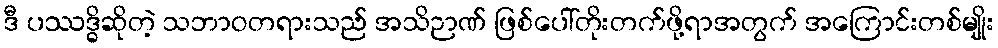
ဒီ ပဿဒ္ဓိဆိုတဲ့ သဘာဝတရားသည် အသိဉာဏ် ဖြစ်ပေါ်တိုးတက်ဖို့ရာအတွက် အကြောင်းတစ်မျိုး